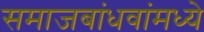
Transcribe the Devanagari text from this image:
समाजबांधवांमध्ये